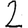
Digit: 2